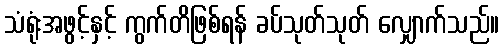
သံရုံးအဖွင့်နှင့် ကွက်တိဖြစ်ရန် ခပ်သုတ်သုတ် လျှောက်သည်။